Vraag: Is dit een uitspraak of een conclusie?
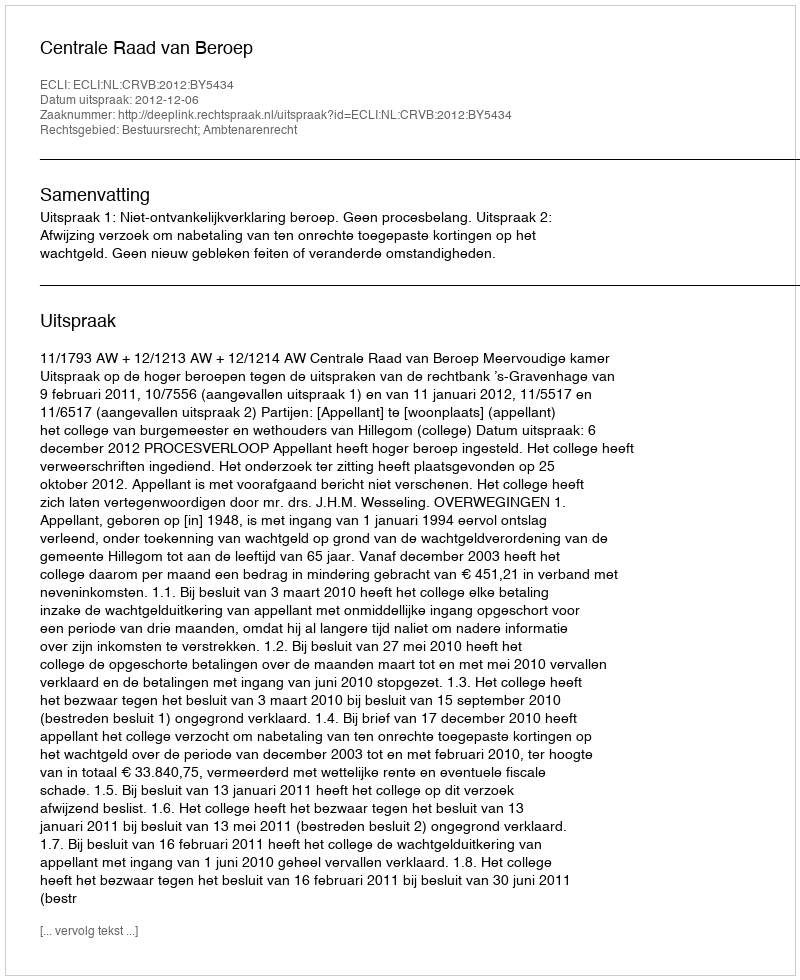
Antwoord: Uitspraak